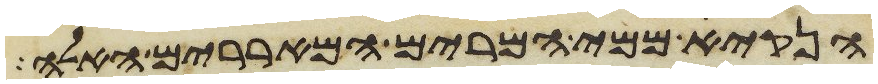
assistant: הנקי ממי המרים המאררים האלה